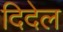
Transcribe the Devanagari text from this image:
दिदेल